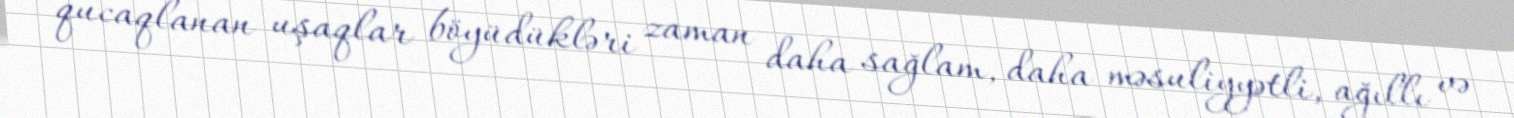
qucaqlanan uşaqlar böyüdükləri zaman daha sağlam, daha məsuliyyətli, ağıllı və